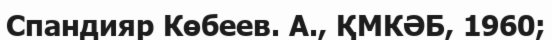
Спандияр Көбеев. А., ҚМКӘБ, 1960;